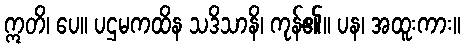
ဣတိ၊ ပေ။ ပဌမကထိန သဒိသာနိ၊ ကုန်၏။ ပန၊ အထူးကား။